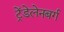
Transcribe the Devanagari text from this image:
ट्रेंडेलेनबर्ग